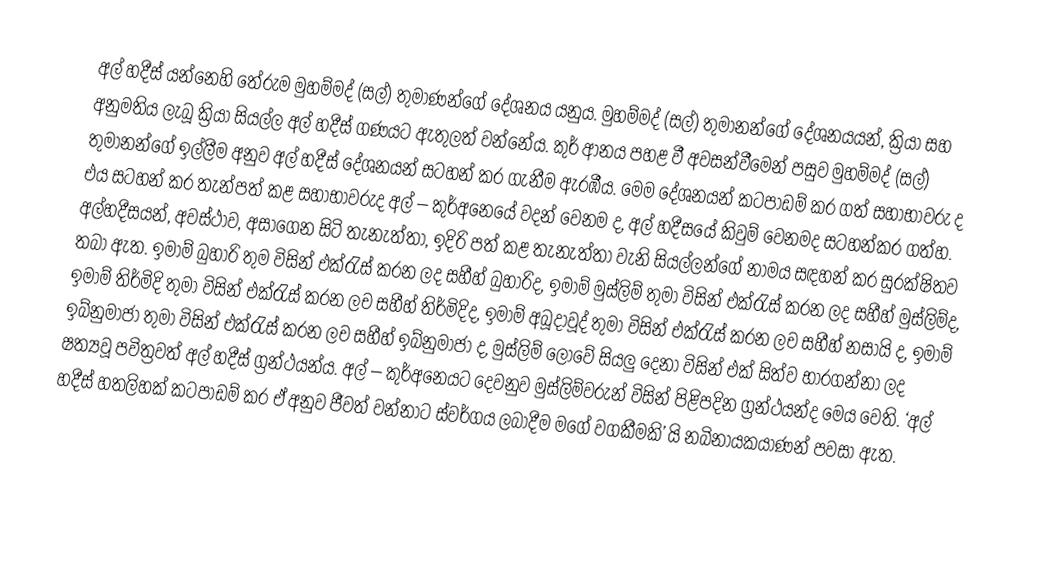
අල් හදීස් යන්නෙහි තේරුම මුහම්මද් (සල්) තුමාණන්ගේ දේශනය යනුය. මුහම්මද් (සල්) තුමානන්ගේ දේශනයයන්, ක්‍රියා සහ අනුමතිය ලැබූ ක්‍රියා සියල්ල අල් හදීස් ගණයට ඇතුලත් වන්නේය. කුර් ආනය පහළ වී අවසන්වීමෙන් පසුව මුහම්මද් (සල්) තුමානන්ගේ ඉල්ලීම අනුව අල් හදීස් දේශනයන් සටහන් කර ගැනීම ඇරඹීය. මෙම දේශනයන් කටපාඩම් කර ගත් සහාභාවරු ද එය සටහන් කර තැන්පත් කළ සහාභාවරුද අල් – කුර්අනෙයේ වදන් වෙනම ද, අල් හදීසයේ කිවුම් වෙනමද සටහන්කර ගත්හ. අල්හදීසයන්, අවස්ථාව, අසාගෙන සිටි තැනැත්තා, ඉදිරි පත් කළ තැනැත්තා වැනි සියල්ලන්ගේ නාමය සඳහන් කර සුරක්ෂිතව තබා ඇත. ඉමාම් බුහාරි තුම විසින් එක්රැස් කරන ලද සහීහ් බුහාරිද, ඉමාම් මුස්ලිම් තුමා විසින් එක්රැස් කරන ලද සහීහ් මුස්ලිම්ද, ඉමාම් තිර්මිදි තුමා විසින් එක්රැස් කරන ලච සහීහ් තිර්මිදිද, ඉමාම් අබූදාවූද් තුමා විසින් එක්රැස් කරන ලච සහීහ් නසායි ද, ඉමාම් ඉබ්නුමාජා තුමා විසින් එක්රැස් කරන ලච සහීහ් ඉබ්නුමාජා ද, මුස්ලිම් ලොවේ සියලු දෙනා විසින් එක් සිත්ව භාරගන්නා ලද ෂත්‍යවූ පවිත්‍රවත් අල් හදීස් ග්‍රන්ථයන්ය. අල් – කුර්අනෙයට දෙවනුව මුස්ලිම්වරුන් විසින් පිළිපදින ග්‍රන්ථයන්ද මෙය වෙති. ‘අල් හදීස් හතලිහක් කටපාඩම් කර ඒ අනුව ජීවත් වන්නාට ස්වර්ගය ලබාදීම මගේ වගකීමකි’ යි නබිනායකයාණන් පවසා ඇත.